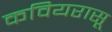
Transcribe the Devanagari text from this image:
कवियरासू